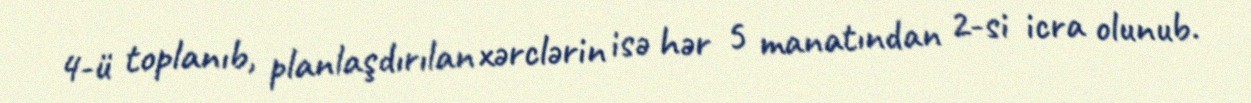
4-ü toplanıb, planlaşdırılan xərclərin isə hər 5 manatından 2-si icra olunub.